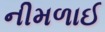
નીમળાઈ